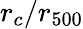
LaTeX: r_{c}/r_{500}